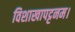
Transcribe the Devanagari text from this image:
विशाखापट्टनम।